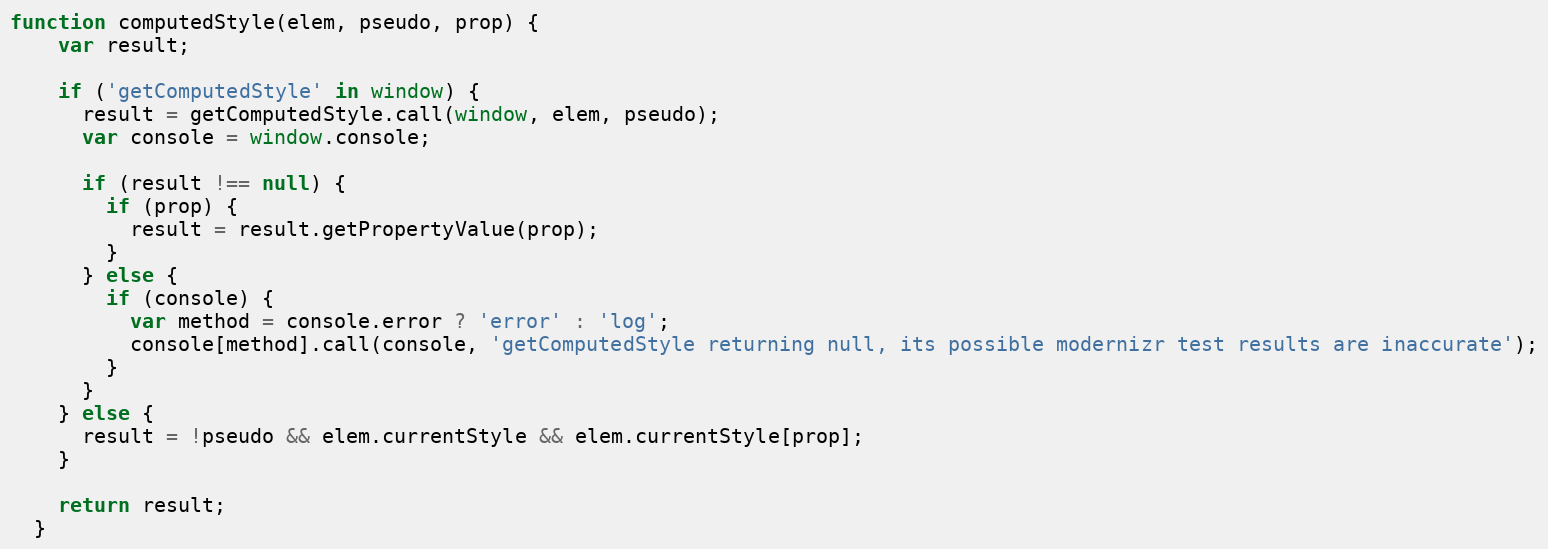
Language: JavaScript
function computedStyle(elem, pseudo, prop) {
    var result;

    if ('getComputedStyle' in window) {
      result = getComputedStyle.call(window, elem, pseudo);
      var console = window.console;

      if (result !== null) {
        if (prop) {
          result = result.getPropertyValue(prop);
        }
      } else {
        if (console) {
          var method = console.error ? 'error' : 'log';
          console[method].call(console, 'getComputedStyle returning null, its possible modernizr test results are inaccurate');
        }
      }
    } else {
      result = !pseudo && elem.currentStyle && elem.currentStyle[prop];
    }

    return result;
  }